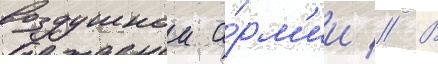
воздушнои а́рм'ии // В